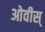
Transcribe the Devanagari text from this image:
ओवीस्